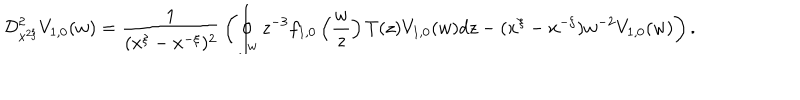
{ \cal D } _ { x ^ { 2 \xi } } ^ { 2 } V _ { 1 , 0 } ( w ) = { \frac { 1 } { ( x ^ { \xi } - x ^ { - \xi } ) ^ { 2 } } } \left( \oint _ { w } z ^ { - 3 } f _ { 1 , 0 } \left( { \frac { w } { z } } \right) T ( z ) V _ { 1 , 0 } ( w ) d z - ( x ^ { \xi } - x ^ { - \xi } ) w ^ { - 2 } V _ { 1 , 0 } ( w ) \right) .